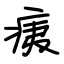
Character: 痍